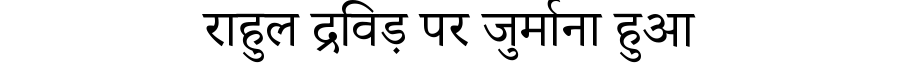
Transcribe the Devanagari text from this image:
राहुल द्रविड़ पर जुर्माना हुआ